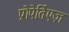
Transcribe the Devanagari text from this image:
प्रोपेर्तिएज़